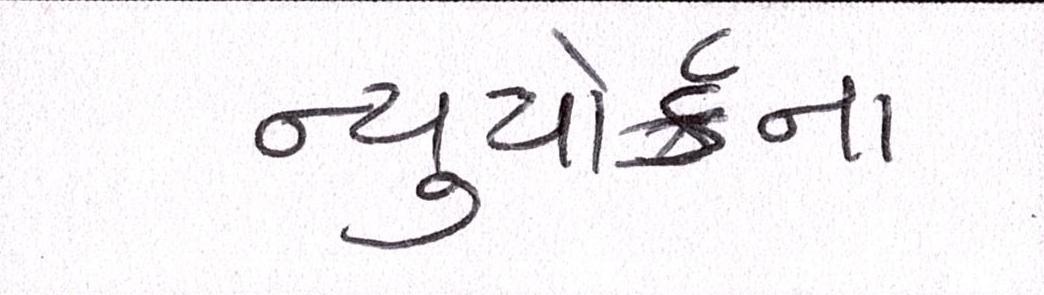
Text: ન્યુયોર્કના